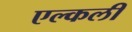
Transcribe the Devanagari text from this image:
एल्कली